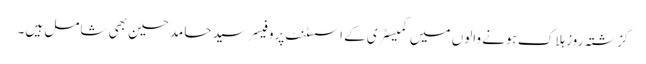
گزشتہ روز ہلاک ہونے والوں میں کمیسٹری کے اسسٹنٹ پروفیسر سید حامد حسین بھی شامل ہیں۔